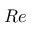
R e